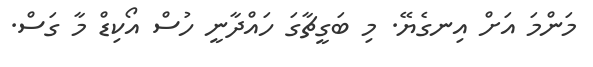
މަންމަ އަށް އިނގެޔޭ. މި ބަގީޗާގަ ހައްދާނީ ހުސް އޯކިޑް މާ ގަސް.